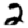
Digit: 2